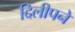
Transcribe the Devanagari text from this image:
दिलीपने